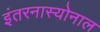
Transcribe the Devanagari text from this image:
इंतरनास्योनाल